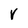
Character: r